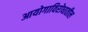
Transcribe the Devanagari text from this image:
आयोगाविरोधातील